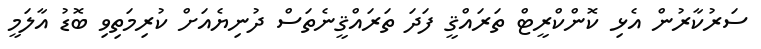
ސަރުކާރުން އެޅި ކޮންކްރީޓް ތަރައްޤީ ފަދަ ތަރައްޤީނެތަސް ދުނިޔެއަށް ކުރިމަތިވި ބޮޑު އާލަމީ